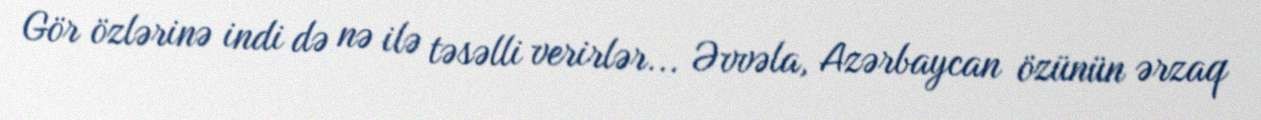
Gör özlərinə indi də nə ilə təsəlli verirlər... Əvvəla, Azərbaycan özünün ərzaq